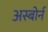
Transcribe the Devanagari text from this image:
अस्बोर्न